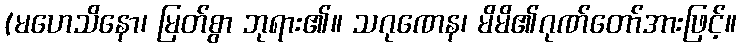
(မဟေသိနော၊ မြတ်စွာ ဘုရား၏။ သဂုဏေန၊ မိမိ၏ဂုဏ်တော်အားဖြင့်။